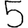
Digit: 5